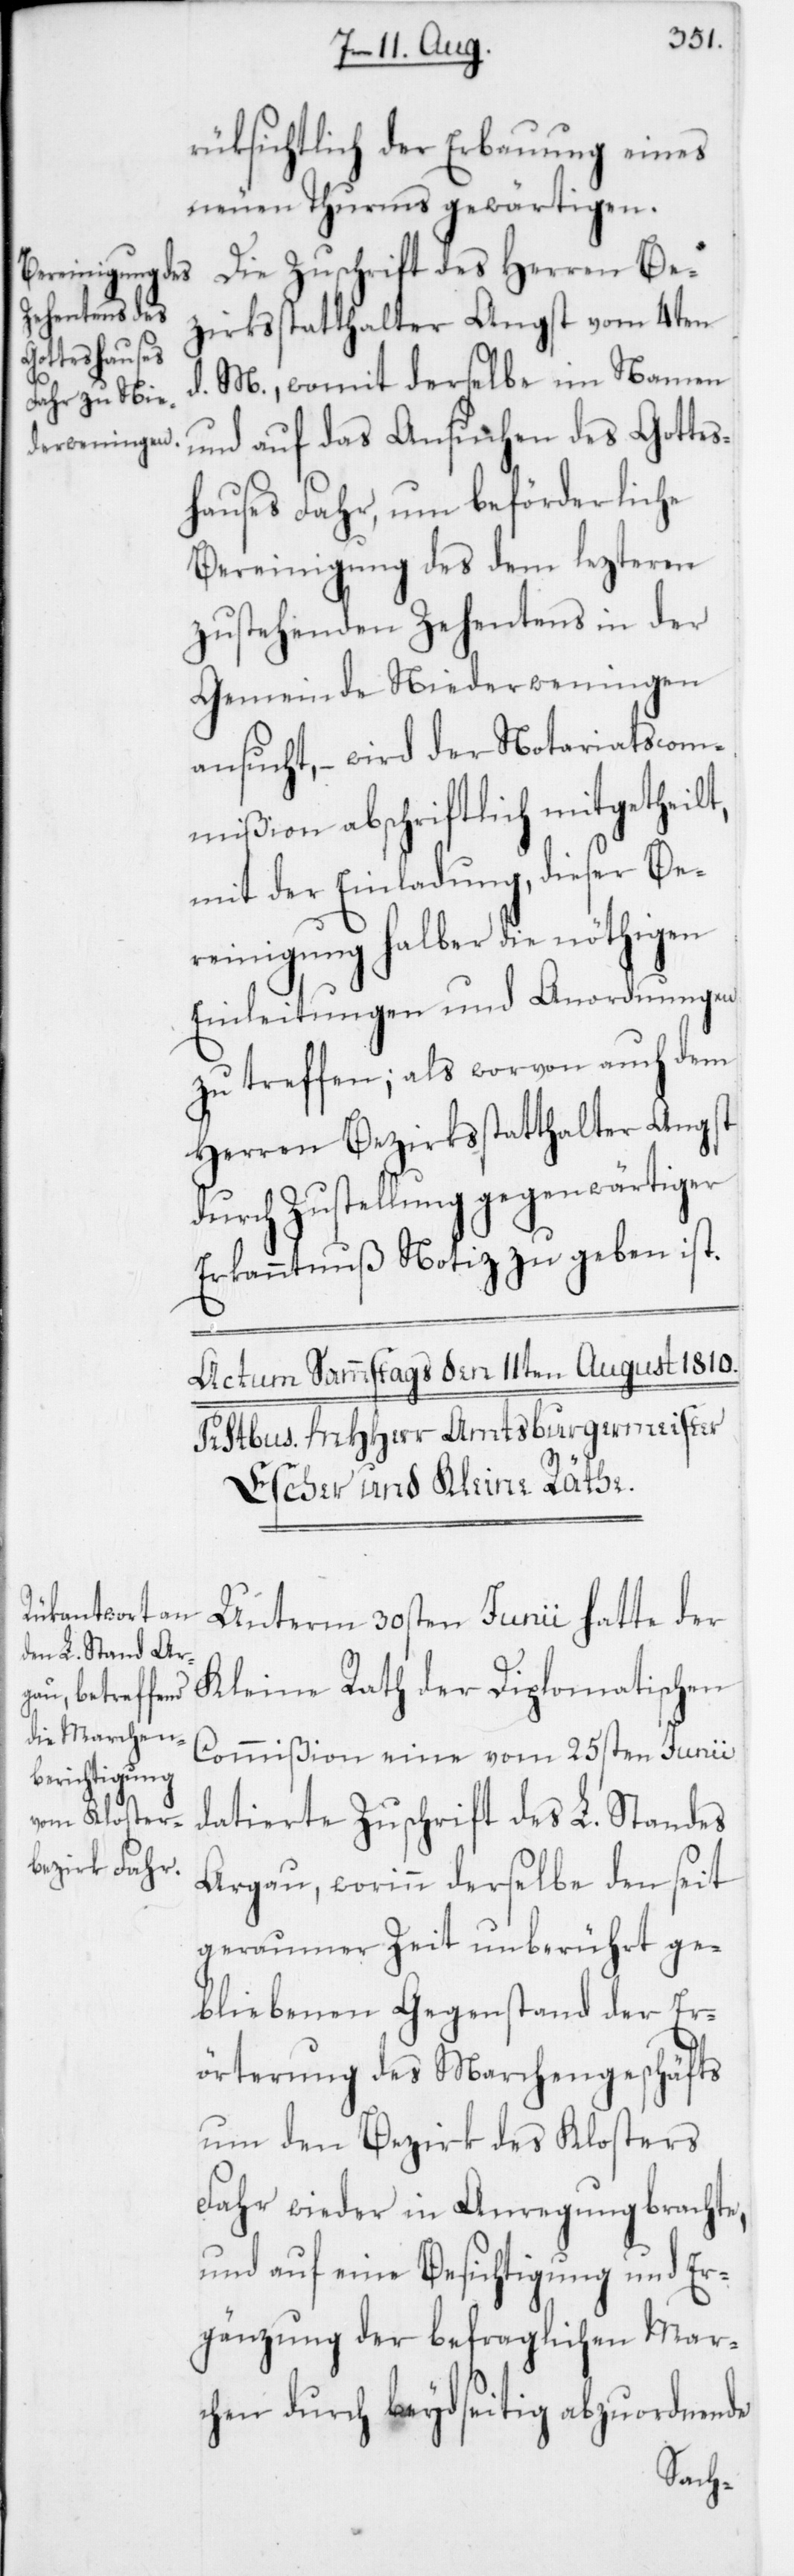
rüksichtlich der Erbauung eines
neuen Thurms gewärtigen.
Die Zuschrift des Herren Be¬
zirksstatthalter Angst vom 4ten
d. M., womit derselbe im Namen
und auf das Ansuchen des Gottes¬
hauses Fahr, um beförderliche
Bereinigung des dem lezteren
zustehenden Zehentens in der
Gemeinde Niederwenigen
ansucht, – wird der Notariatscom¬
mißion abschriftlich mitgetheilt,
mit der Einladung, dieser Be¬
reinigung halber die nöthigen
Einleitungen und Anordnungen
zu treffen; als worvon auch dem
Herren Bezirksstatthalter Angst
durch Zustellung gegenwärtiger
Erkanntnuß Notiz zu geben ist.
Unterm 30sten Junii hatte der
Kleine Rath der Diplomatischen
Commißion eine vom 25sten Junii
datierte Zuschrift des L. Standes
Argau, worinn derselbe den seit
geraumer Zeit unberührt ge¬
bliebenen Gegenstand der Er¬
örterung des Marchengeschäfts
um den Bezirk des Klosters
Fahr wieder in Anregung brachte,
und auf eine Besichtigung und Er¬
gänzung der befraglichen Mar¬
chen durch beydseitig abzuordnende